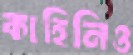
কাহিনিও